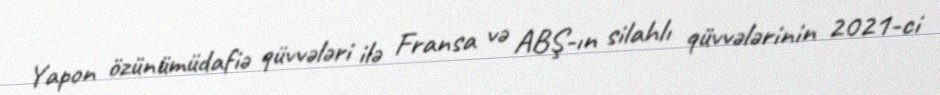
Yapon özünümüdafiə qüvvələri ilə Fransa və ABŞ-ın silahlı qüvvələrinin 2021-ci